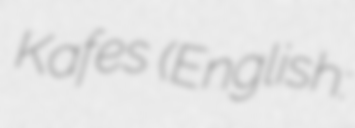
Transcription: Kafes (English: